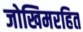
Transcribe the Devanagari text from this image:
जोखिमरहित